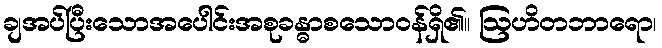
ချအပ်ပြီးသောအပေါင်းအစုခန္ဓာစသောဝန်ရှိ၏။ ဩဟိတဘာရော၊